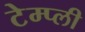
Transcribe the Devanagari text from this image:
टेम्प्ली